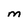
Character: m